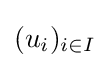
(u_{i})_{i\in I}